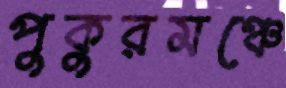
পুকুরমঞ্চে